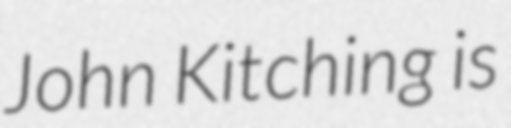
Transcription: John Kitching is